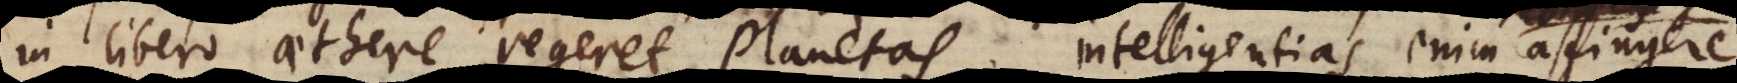
in libero aethere regeret planetas, intelligentias enim affingere